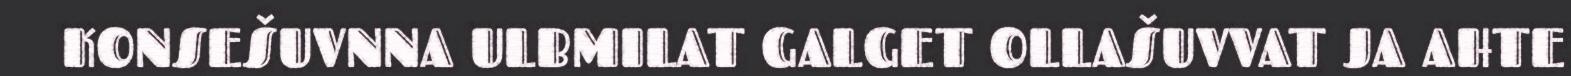
KONSEŠUVNNA ULBMILAT GALGET OLLAŠUVVAT JA AHTE